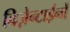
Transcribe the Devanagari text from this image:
बिज़ेन्टाईनों